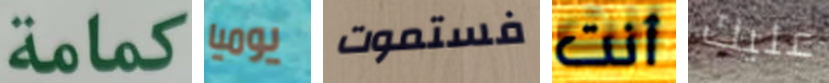
كمامة يوميا فستموت أنت عليك